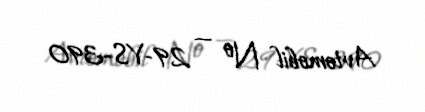
Avtomobil № — 29-YS-390